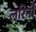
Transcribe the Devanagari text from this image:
लरिनी